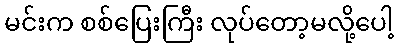
မင်းက စစ်ပြေးကြီး လုပ်တော့မလို့ပေါ့